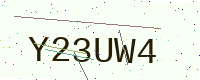
Text: Y23UW4